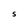
Character: S